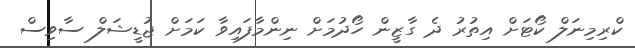
ކްރިމިނަލް ކޯޓަށް އިތުރު ދެ ގާޒީން ހޯދުމަށް ނިންމާފައިވާ ކަމަށް ޖުޑީޝަލް ސާވިސް